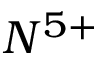
N ^ { 5 + }